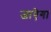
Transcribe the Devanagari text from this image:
जाऐगा